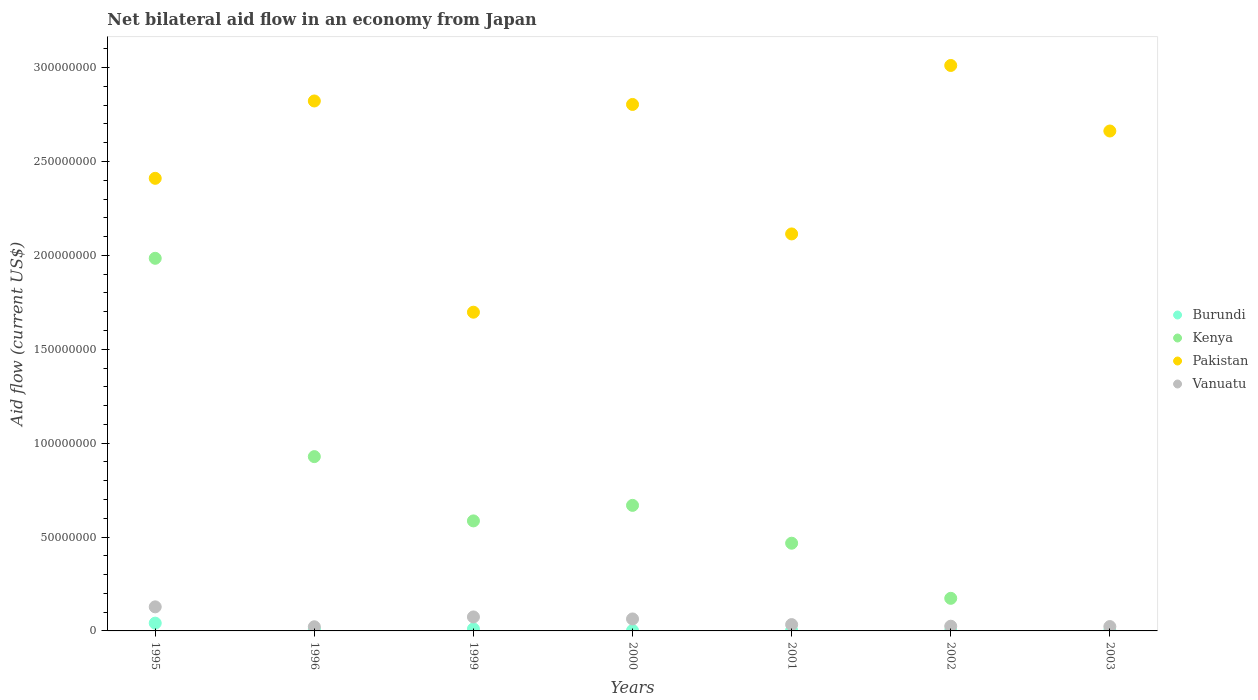
| Years | Burundi | Kenya | Pakistan | Vanuatu |
 | --- | --- | --- | --- | --- |
 | 1995 | 4.14e+06 | 1.98e+08 | 2.41e+08 | 1.28e+07 |
 | 1996 | 1.01e+06 | 9.28e+07 | 2.82e+08 | 2.21e+06 |
 | 1999 | 1.06e+06 | 5.86e+07 | 1.7e+08 | 7.45e+06 |
 | 2000 | 2.4e+05 | 6.69e+07 | 2.8e+08 | 6.38e+06 |
 | 2001 | 2.9e+05 | 4.67e+07 | 2.11e+08 | 3.37e+06 |
 | 2002 | 9e+04 | 1.74e+07 | 3.01e+08 | 2.51e+06 |
 | 2003 | 9e+04 | -6.59e+06 | 2.66e+08 | 2.32e+06 |